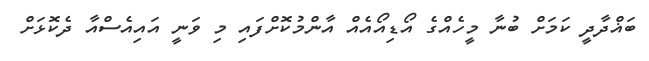
ބަޣްދާދީ ކަމަށް ބުނާ މީހެއްގެ އޯޑިއޯއެއް އާންމުކޮށްފައި މި ވަނީ އައިއެސްއާ ދެކޮޅަށް